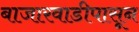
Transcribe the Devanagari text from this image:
बाजारवाडीपासून